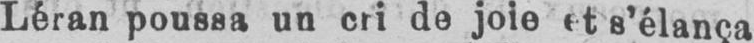
Léran poussa un cri de joie et s’élança